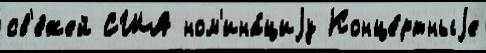
св'е́жей США ном'ина́циjу Конце́ртныjе